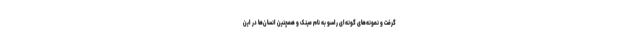
گرفت و نمونه‌های گونه‌ای راسو به نام مینک و همچنین انسان‌ها در این